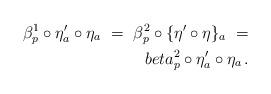
LaTeX: \begin{align*}\beta^1_p \circ \eta'_a \circ \eta_a\ = \ \beta^2_p \circ \{ \eta' \circ \eta \}_a\ = \\beta^2_p \circ \eta'_a \circ \eta_a\, .\end{align*}